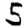
Digit: 5